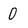
Character: 0